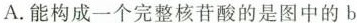
A.能构成一个完整核苷酸的是图中的b